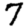
Digit: 7